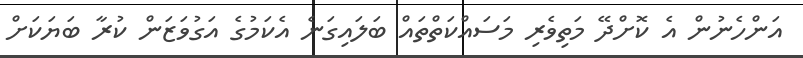
އަންހެނުން އެ ކޮށްދޭ މަތިވެރި މަސައްކަތްތައް ބަަލައިގަނެ އެކަމުގެ އަގުވަޒަން ކުރާ ބަޔަކަށް